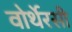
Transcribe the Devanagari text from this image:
वोर्थेरसी